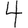
Digit: 4